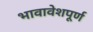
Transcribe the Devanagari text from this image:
भावावेशपूर्ण